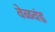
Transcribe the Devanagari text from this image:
वेळवंड